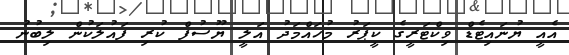
އެއީ ޔުނައިޓެޑް ވިކްޓަރީގެ ކީޕަރު މުހައްމަދު އަލީ ޔޫސުފް ކުރި ފައުލަކުން ލިބުނު